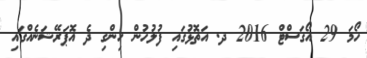
ހޯމަ 29 އޯގަސްޓް 2016 ދ. އަތޮޅުގައި ފުލުހުން ހިންގި ދެ އޮޕަރޭޝަނެއްގައި